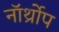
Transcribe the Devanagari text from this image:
नॉर्थ्रोप